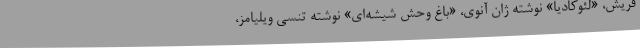
فریش، «لئوکادیا» نوشته ژان آنوی، «باغ وحش شیشه‌ای» نوشته تنسی ویلیامز،